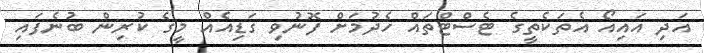
އަދި އައިއޯ އެތަކެތީގެ ޓެސްޓްތައް ހެދުމަށް ފޮނުވި ގަޑިއެއް މީގެ ކުރިން ބުނެފައި